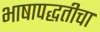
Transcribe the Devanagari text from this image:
भाषापद्धतीचा